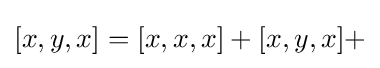
[x,y,x]=[x,x,x]+[x,y,x]+